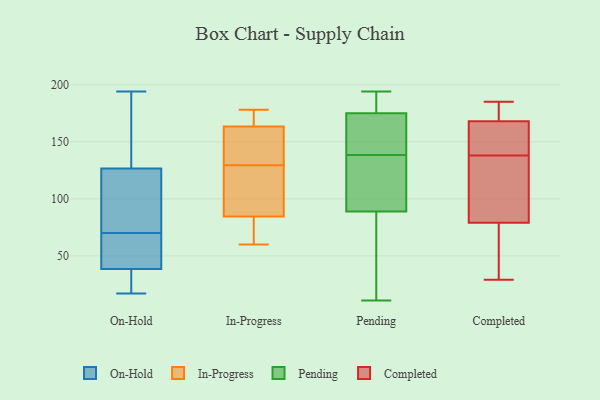
{"axis": {"x": "Page Views", "y": "Value"}, "legend": ["Completed", "In-Progress", "On-Hold", "Pending"], "data": [{"x": "", "y": 128, "type": "On-Hold"}, {"x": "", "y": 83, "type": "On-Hold"}, {"x": "", "y": 69, "type": "On-Hold"}, {"x": "", "y": 194, "type": "On-Hold"}, {"x": "", "y": 46, "type": "On-Hold"}, {"x": "", "y": 33, "type": "On-Hold"}, {"x": "", "y": 99, "type": "On-Hold"}, {"x": "", "y": 33, "type": "On-Hold"}, {"x": "", "y": 122, "type": "On-Hold"}, {"x": "", "y": 58, "type": "On-Hold"}, {"x": "", "y": 158, "type": "On-Hold"}, {"x": "", "y": 130, "type": "On-Hold"}, {"x": "", "y": 36, "type": "On-Hold"}, {"x": "", "y": 27, "type": "On-Hold"}, {"x": "", "y": 115, "type": "On-Hold"}, {"x": "", "y": 181, "type": "On-Hold"}, {"x": "", "y": 17, "type": "On-Hold"}, {"x": "", "y": 63, "type": "On-Hold"}, {"x": "", "y": 70, "type": "On-Hold"}, {"x": "", "y": 178, "type": "In-Progress"}, {"x": "", "y": 73, "type": "In-Progress"}, {"x": "", "y": 170, "type": "In-Progress"}, {"x": "", "y": 60, "type": "In-Progress"}, {"x": "", "y": 96, "type": "In-Progress"}, {"x": "", "y": 135, "type": "In-Progress"}, {"x": "", "y": 167, "type": "In-Progress"}, {"x": "", "y": 160, "type": "In-Progress"}, {"x": "", "y": 154, "type": "In-Progress"}, {"x": "", "y": 104, "type": "In-Progress"}, {"x": "", "y": 65, "type": "In-Progress"}, {"x": "", "y": 124, "type": "In-Progress"}, {"x": "", "y": 177, "type": "Pending"}, {"x": "", "y": 130, "type": "Pending"}, {"x": "", "y": 77, "type": "Pending"}, {"x": "", "y": 115, "type": "Pending"}, {"x": "", "y": 41, "type": "Pending"}, {"x": "", "y": 11, "type": "Pending"}, {"x": "", "y": 89, "type": "Pending"}, {"x": "", "y": 175, "type": "Pending"}, {"x": "", "y": 109, "type": "Pending"}, {"x": "", "y": 174, "type": "Pending"}, {"x": "", "y": 61, "type": "Pending"}, {"x": "", "y": 175, "type": "Pending"}, {"x": "", "y": 174, "type": "Pending"}, {"x": "", "y": 164, "type": "Pending"}, {"x": "", "y": 127, "type": "Pending"}, {"x": "", "y": 194, "type": "Pending"}, {"x": "", "y": 147, "type": "Pending"}, {"x": "", "y": 185, "type": "Pending"}, {"x": "", "y": 185, "type": "Completed"}, {"x": "", "y": 29, "type": "Completed"}, {"x": "", "y": 168, "type": "Completed"}, {"x": "", "y": 108, "type": "Completed"}, {"x": "", "y": 157, "type": "Completed"}, {"x": "", "y": 126, "type": "Completed"}, {"x": "", "y": 79, "type": "Completed"}, {"x": "", "y": 168, "type": "Completed"}, {"x": "", "y": 70, "type": "Completed"}, {"x": "", "y": 150, "type": "Completed"}]}